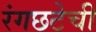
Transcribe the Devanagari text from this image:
रंगछटेची